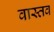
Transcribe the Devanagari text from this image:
वास्तव